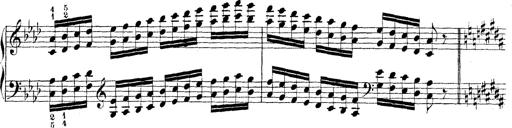
Title: Technische Studien
Composer: Franz Liszt